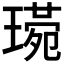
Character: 𤨰